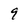
Character: 9